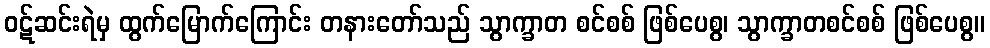
ဝဋ်ဆင်းရဲမှ ထွက်မြောက်ကြောင်း တနားတော်သည် သွာက္ခာတ စင်စစ် ဖြစ်ပေစွ၊ သွာက္ခာတစင်စစ် ဖြစ်ပေစွ။